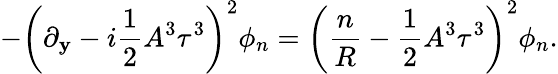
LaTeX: -\left(\partial_{\mathbf{y}}-i\frac{{1}}{{2}}A^{3}\tau^{3}\right)^{2}\phi_{n}=\left(\frac{{n}}{{R}}-\frac{{1}}{{2}}A^{3}\tau^{3}\right)^{2}\phi_{n}.